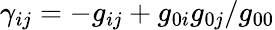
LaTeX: \gamma_{ij}=-g_{ij}+g_{0i}g_{0j}/g_{00}